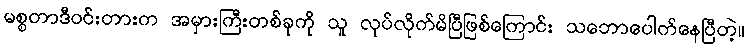
မစ္စတာဒီဝင်းတားက အမှားကြီးတစ်ခုကို သူ လုပ်လိုက်မိပြီဖြစ်ကြောင်း သဘောပေါက်နေပြီတဲ့။